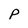
Character: P